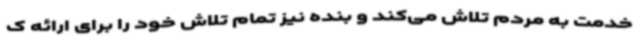
خدمت به مردم تلاش می‌کند و بنده نیز تمام تلاش خود را برای ارائه ک